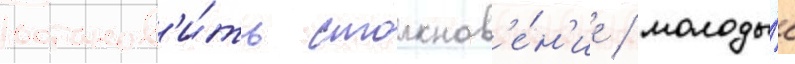
останов'и́ть столкнов'е́н'ие / молоды́е